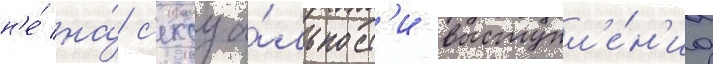
н'е́ на́ с'ексуа́льност'и выступл'е́н'иа